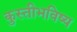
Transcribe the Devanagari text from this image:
कुस्तीभविष्य